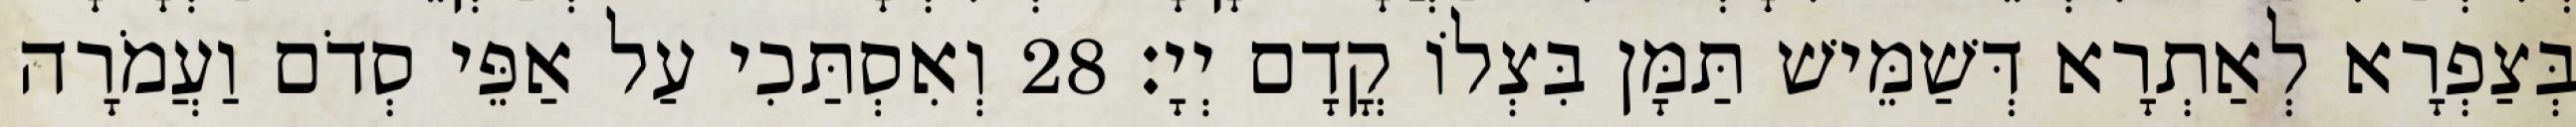
בְּצַפְרָא לְאַתְרָא דְּשַׁמֵּישׁ תַּמָּן בִּצְלוֹ קֳדָם יְיָ׃ 28 וְאִסְתַּכִי עַל אַפֵּי סְדֹם וַעֲמֹרָה